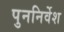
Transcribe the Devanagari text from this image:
पुननिर्वेश